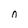
Character: n